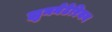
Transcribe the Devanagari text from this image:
ह्युमनेटेरियन